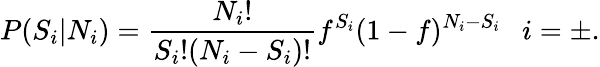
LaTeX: P(S_{i}|N_{i})=\frac{N_{i}!}{S_{i}!(N_{i}-S_{i})!}f^{S_{i}}(1-f)^{N_{i}-S_{i}}~~~i=\pm.